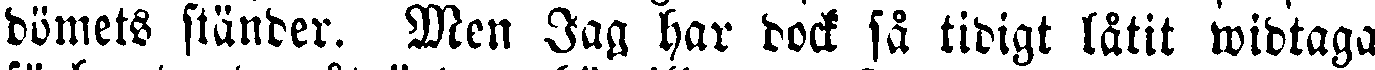
dömets ständer. Men Jag har dock få tidigt låtit widtaga